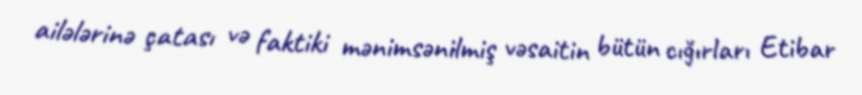
ailələrinə çatası və faktiki mənimsənilmiş vəsaitin bütün cığırları Etibar